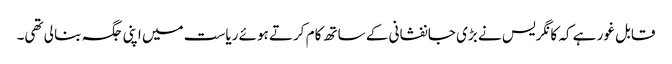
قابل غور ہے کہ کانگریس نے بڑی جانفشانی کے ساتھ کام کرتے ہوئے ریاست میں اپنی جگہ بنا لی تھی۔